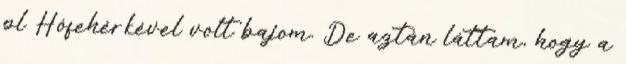
pl Hófehérkével volt bajom. De aztán láttam, hogy a